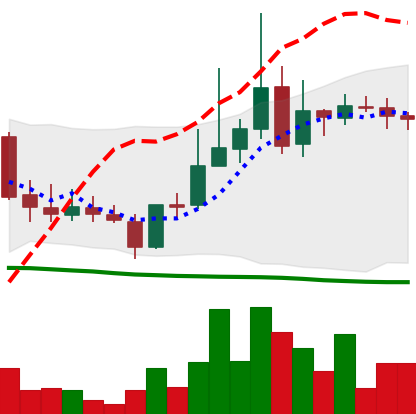
Ticker: LINK-USD
Chart end date: 2019-03-17
Forward return: -3.564%
Label: down_3_5